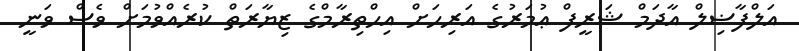
އަލްފާޟިލް އާދަމް ޝަރީފް ޢުމަރުގެ އަރިހަށް އިޙްތިރާމްގެ ޒިޔާރަތް ކުރެއްވުމަށް ވެސް ވަނީ